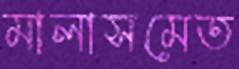
মালাসমেত